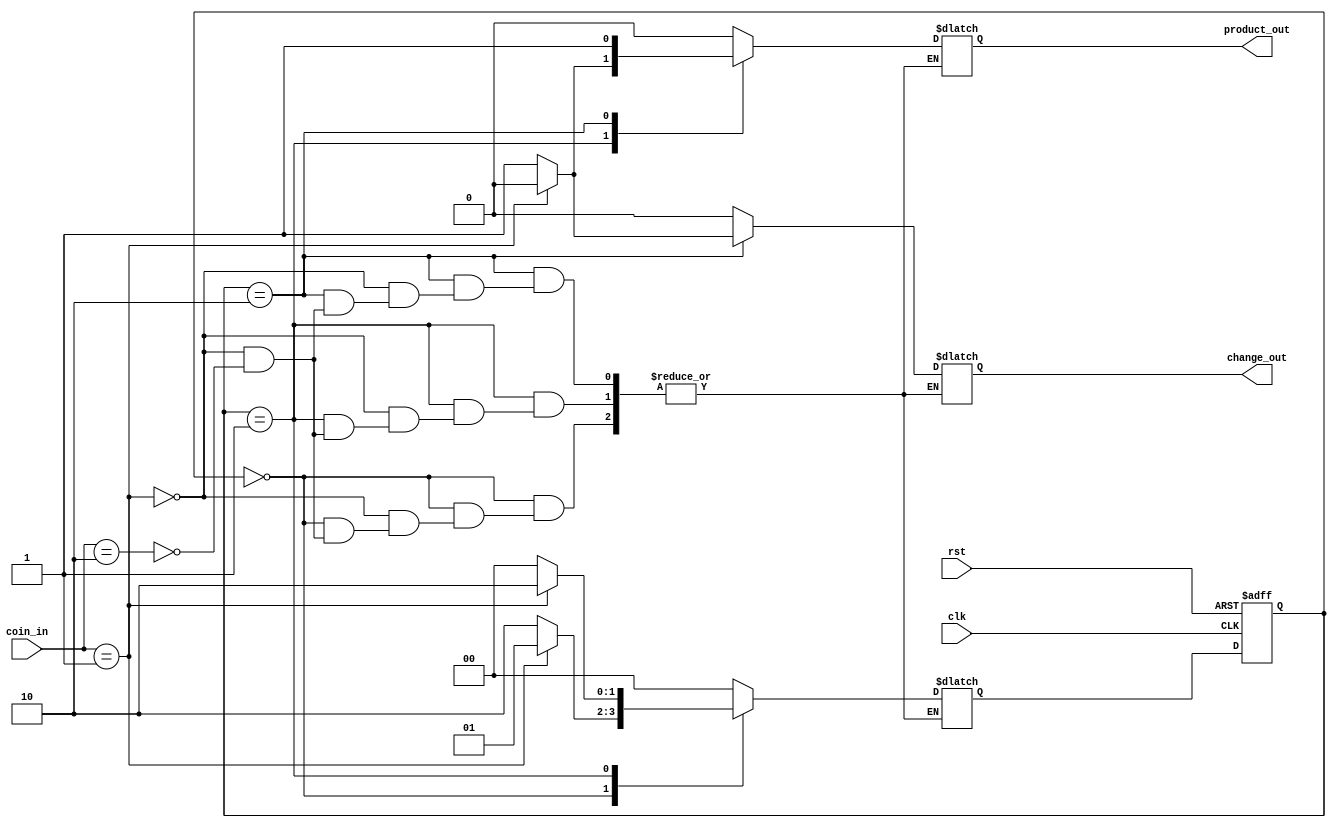
`timescale 1ns / 1ps
//////////////////////////////////////////////////////////////////////////////////
// Company: 
// Engineer: 
// 
// Design Name: 
// Module Name:    Mini_Vending_Machine 
// Project Name: 
// Target Devices: 
// Tool versions: 
// Description: 
//
// Dependencies: 
//
// Revision: 
// Revision 0.01 - File Created
// Additional Comments: 
//
//////////////////////////////////////////////////////////////////////////////////
module Mini_Vending_Machine(clk,rst,coin_in,product_out,change_out);

input clk,rst;
input [1:0] coin_in;
output reg product_out;
output reg change_out;

reg [1:0] present_state,next_state;

parameter s0=2'b00,
          s1=2'b01,
			 s2=2'b10;

always@(posedge clk or negedge rst) begin
if(!rst)
present_state<=s0;
else 
present_state<=next_state;
end

always@(present_state or coin_in) begin
case(present_state)
s0: begin
    if(coin_in==2'b01) begin
	 next_state=s1;
	 product_out=1'b0;
	 change_out=1'b0;
	 end
	 else if(coin_in==2'b10) begin
	 next_state=s2;
	 product_out=1'b0;
	 change_out=1'b0;
	 end
    end
s1: begin
    if(coin_in==2'b01) begin
	 next_state=s2;
	 product_out=1'b0;
	 change_out=1'b0;
	 end
	 else if(coin_in==2'b10) begin
	 next_state=s0;
	 product_out=1'b1;
	 change_out=1'b0;
	 end
    end
s2: begin
    if(coin_in==2'b01) begin
	 next_state=s0;
	 product_out=1'b1;
	 change_out=1'b0;
	 end
	 else if(coin_in==2'b10) begin
	 next_state=s0;
	 product_out=1'b1;
	 change_out=1'b1;
	 end
    end
default: begin
         next_state=s0;
			product_out=1'b0;
			change_out=1'b0;
         end
endcase

end

endmodule